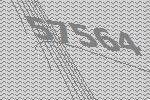
57564